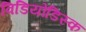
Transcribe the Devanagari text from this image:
विडियोडिस्क